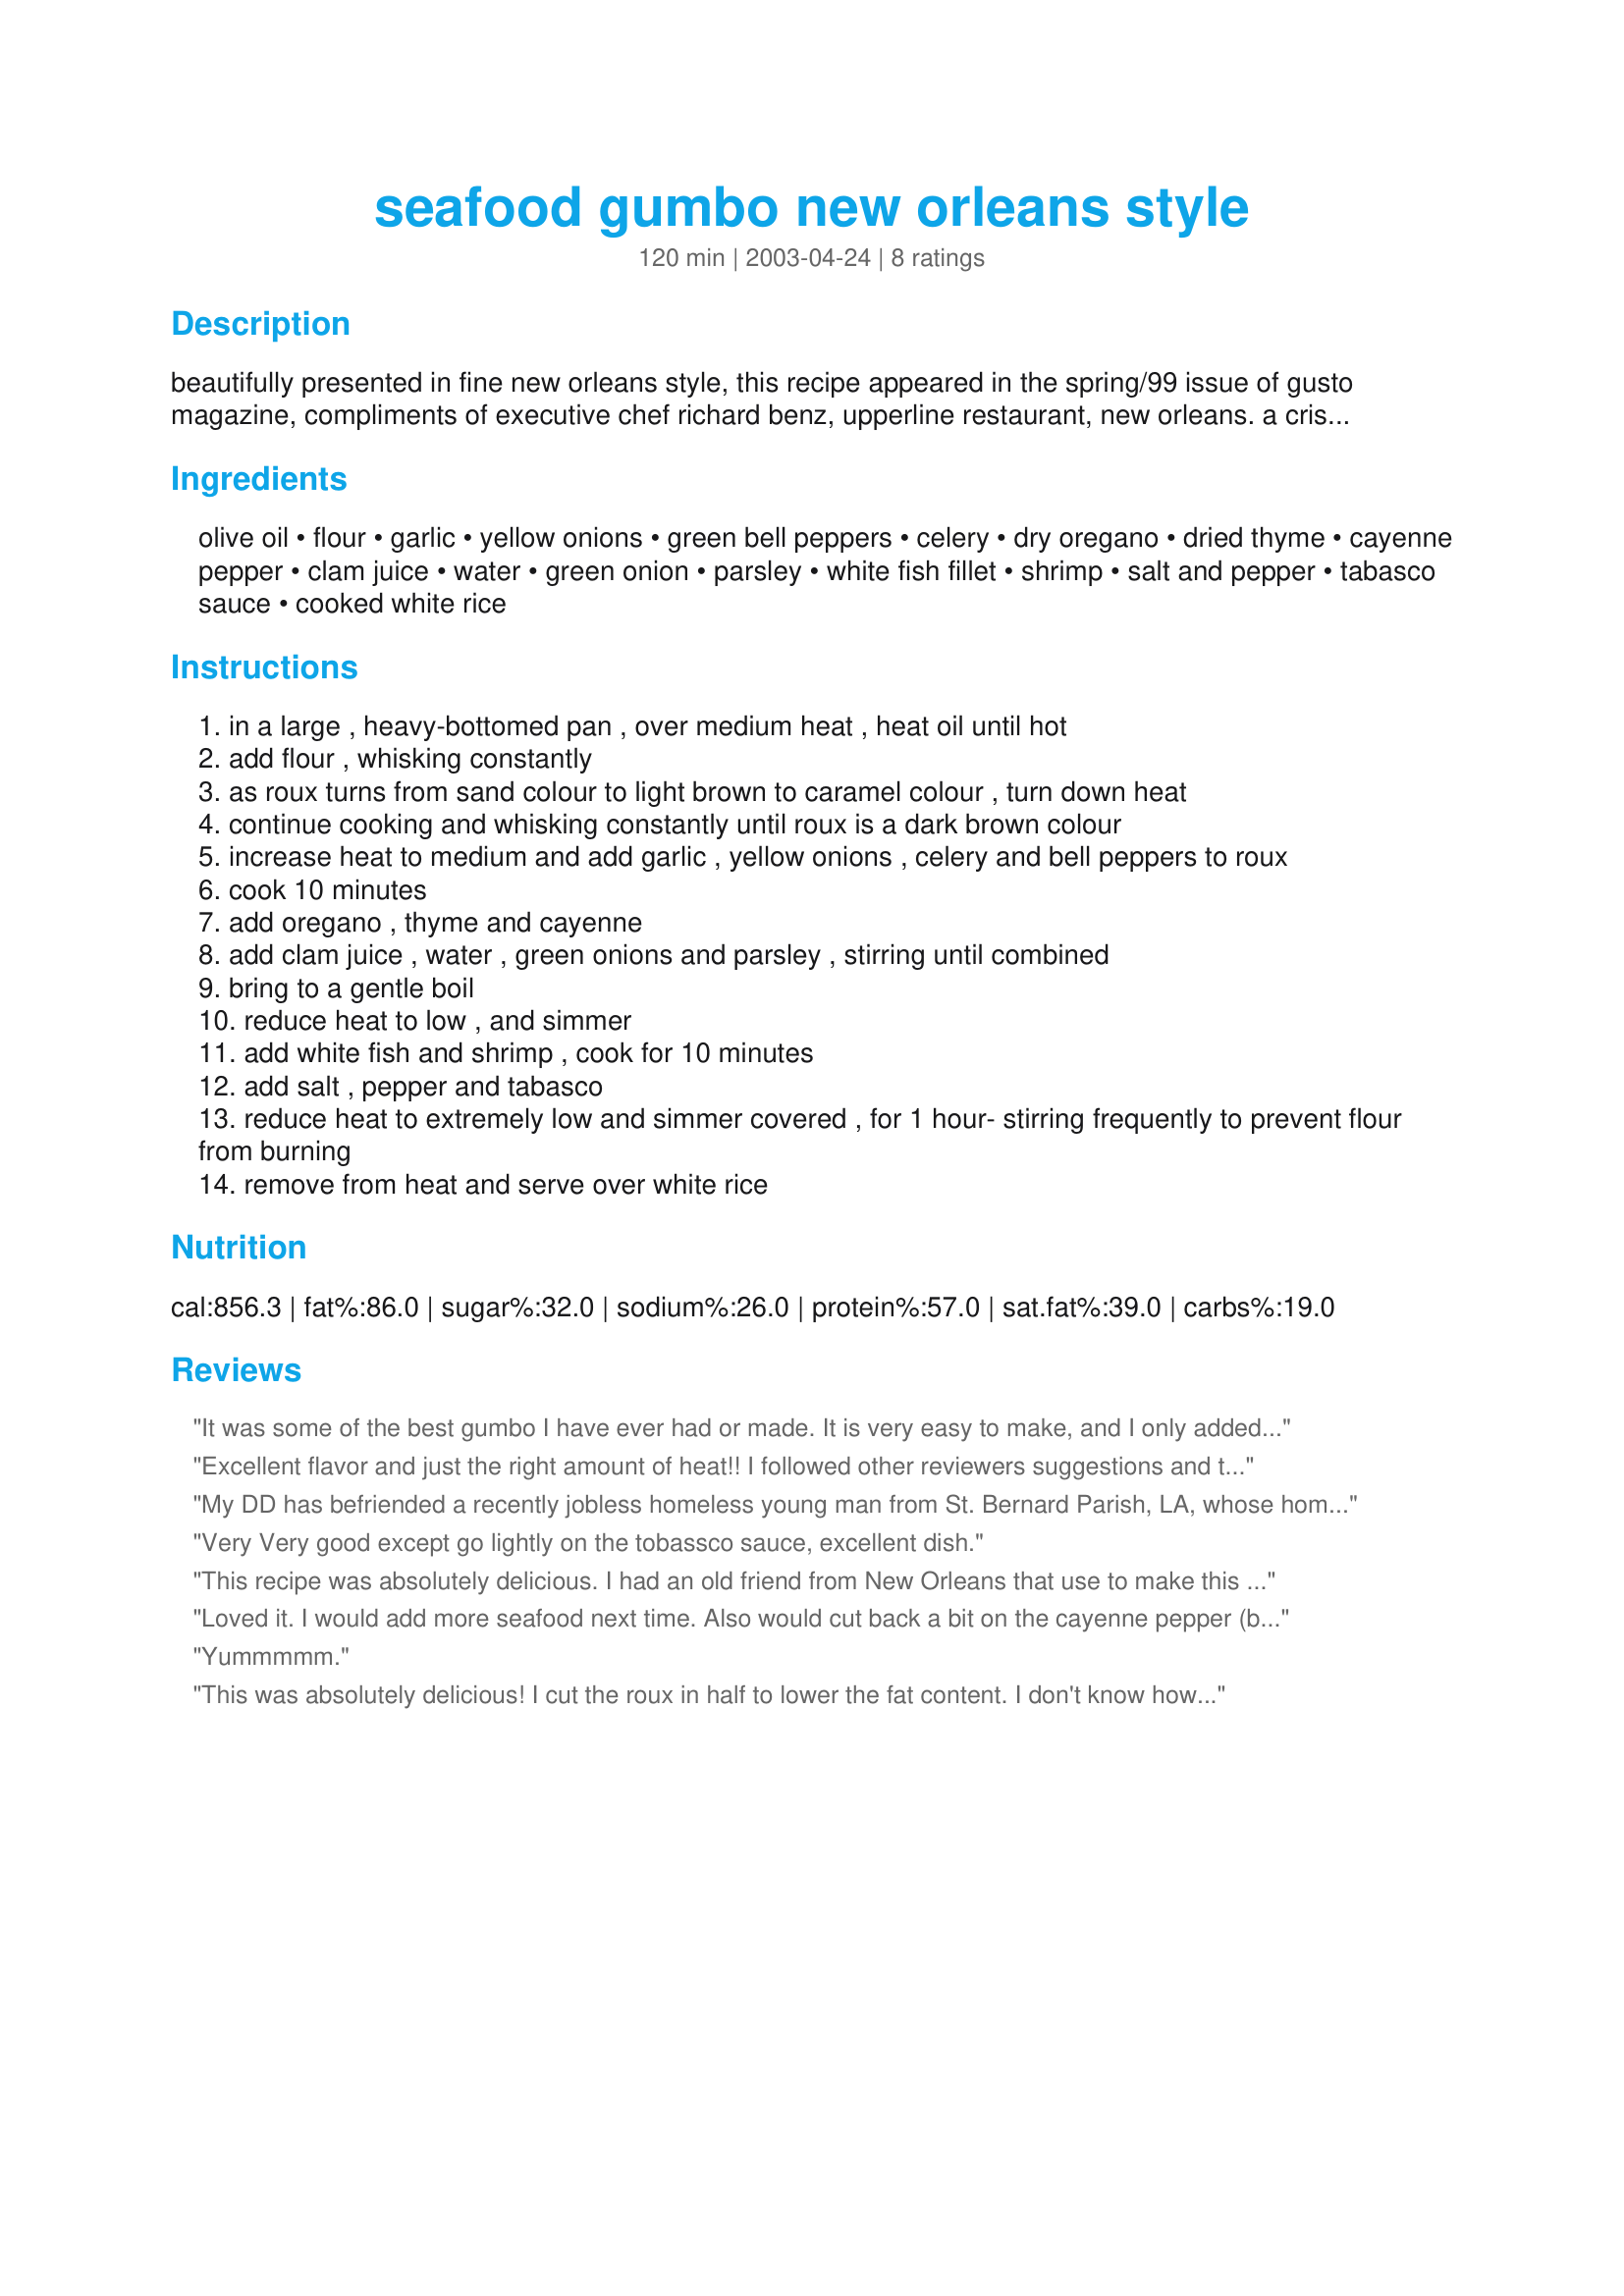
seafood gumbo new orleans style
Preparation time: 120 minutes

beautifully presented in fine new orleans style, this recipe appeared in the spring/99 issue of gusto magazine, compliments of executive chef richard benz, upperline restaurant, new orleans. a crisp chablis would complement this dish and prepare your palate for a delicious dessert of bananas foster. i have prepared seafood gumbo - new orleans style, served it to appreciative guests, eager to also enjoy the above mentioned dessert. this recipe serves rather a large quantity and is therefore suitable for larger families, or "company's coming" meals.
note: while the recipe stipulates specific quantities of seafood items, there is no reason why chefs cannot increase the quantities... to thicken the sauce. for instance, additional shrimp; add squid if you like.... okra will thicken the "sauce" also...

Ingredients:
olive oil, flour, garlic, yellow onions, green bell peppers, celery, dry oregano, dried thyme, cayenne pepper, clam juice, water, green onion, parsley, white fish fillet, shrimp, salt and pepper, tabasco sauce, cooked white rice

Steps:
in a large , heavy-bottomed pan , over medium heat , heat oil until hot
add flour , whisking constantly
as roux turns from sand colour to light brown to caramel colour , turn down heat
continue cooking and whisking constantly until roux is a dark brown colour
increase heat to medium and add garlic , yellow onions , celery and bell peppers to roux
cook 10 minutes
add oregano , thyme and cayenne
add clam juice , water , green onions and parsley , stirring until combined
bring to a gentle boil
reduce heat to low , and simmer
add white fish and shrimp , cook for 10 minutes
add salt , pepper and tabasco
reduce heat to extremely low and simmer covered , for 1 hour- stirring frequently to prevent flour from burning
remove from heat and serve over white rice

Reviews:
It was some of the best gumbo I have ever had or made. It is very easy to make, and I only added one additional thing, Craw Dads. Nothing better than the little river lobsters.
Excellent flavor and just the right amount of heat!! I followed other reviewers suggestions and took it easy on the Tabasco (added just a splash) because the cayenne already adds quite a bit of heat. I will add additional seafood next time like squid because you do have a lot of the broth. I also think okra would make a great addition as well. Thank you very much for a taste of the bayou!!!
My DD has befriended a recently jobless homeless young man from St. Bernard Parish, LA, whose home was destroyed by hurricane Katrina. He hasn't had good Cajun food since he evacuated to Texas, and was missing it, so we invited DD and her friend to share this recipe with us. He said it was seasoned just right, and he ate every drop in the bowl. Considering the expert source, that's a high compliment for the recipe. We thought it was mighty tasty too, by the way. Thanks for sharing it.
Very Very good except go lightly on the tobassco sauce, excellent dish.
 This recipe was absolutely delicious. I had an old friend from New Orleans that use to make this for me and this tastes really authentic just the way I like it! A+
Loved it. I would add more seafood next time. Also would cut back a bit on the cayenne pepper (but just for company!!). I personally loved it the heat it was...I actually added more tobasco to mine. Thank you !!
Yummmmm.
This was absolutely delicious! I cut the roux in half to lower the fat content. I don't know how that affected the flavor or consistency, but we certainly didn't think it was missing anything.
